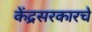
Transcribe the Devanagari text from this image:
केंद्रसरकारचे